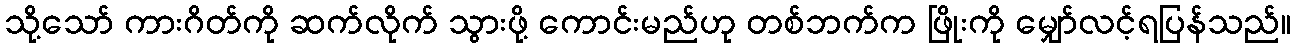
သို့သော် ကားဂိတ်ကို ဆက်လိုက် သွားဖို့ ကောင်းမည်ဟု တစ်ဘက်က ဖြိုးကို မျှော်လင့်ရပြန်သည်။